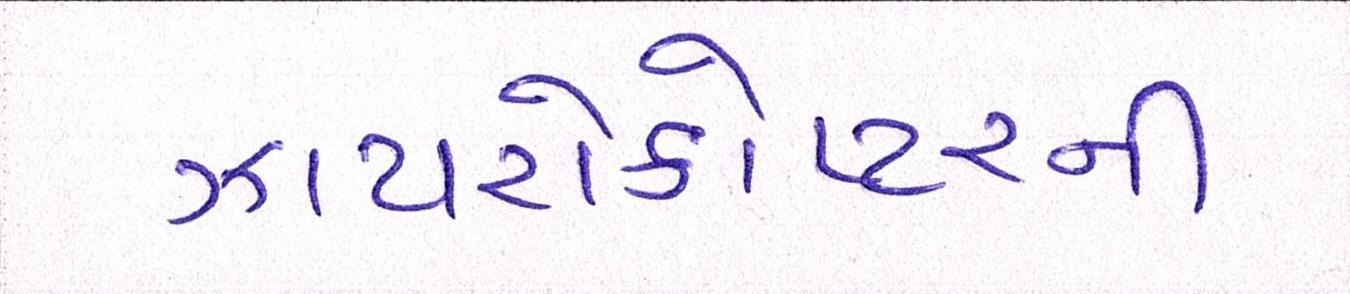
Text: ઝાયરોકોપ્ટરની